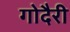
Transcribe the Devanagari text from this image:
गोदैरी